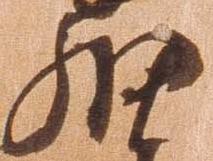
細